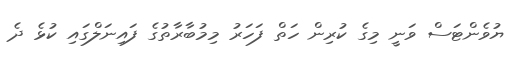
ޔުވެންޓަސް ވަނީ މިގެ ކުރިން ހަތް ފަހަރު މިމުބާރާތުގެ ފައިނަލްގައި ކުޅެ ދެ